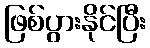
ဖြစ်ပွားနိုင်ပြီး